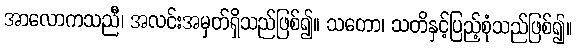
အာလောကသညီ၊ အလင်းအမှတ်ရှိသည်ဖြစ်၍။ သတော၊ သတိနှင့်ပြည့်စုံသည်ဖြစ်၍။